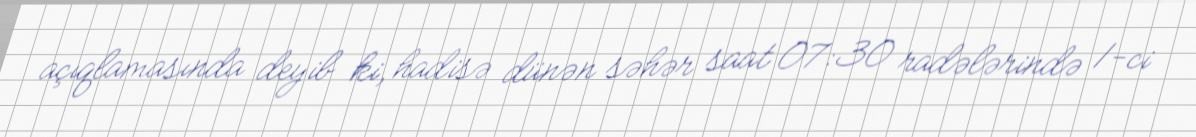
açıqlamasında deyib ki, hadisə dünən səhər saat 07:30 radələrində 1-ci